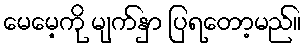
မေမေ့ကို မျက်နှာ ပြရတော့မည်။